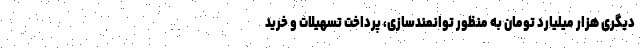
دیگری هزار میلیارد تومان به منظور توانمندسازی، پرداخت تسهیلات و خرید